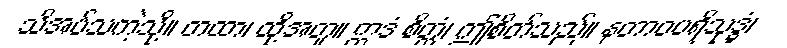
သိအပ်သကဲ့သို့။ တထာ၊ ထို့အတူ။ ဣဒံ စိတ္တံ၊ ဤစိတ်သည်။ နတာဝပရိသုဒ္ဓံ၊